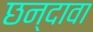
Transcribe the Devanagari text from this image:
छन्दावा